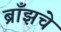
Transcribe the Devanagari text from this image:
ब्राँझचे